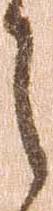
之